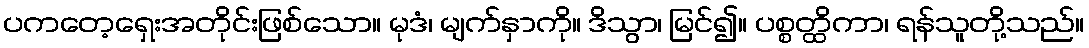
ပကတေ့ရှေးအတိုင်းဖြစ်သော။ မုဒံ၊ မျက်နှာကို။ ဒိသွာ၊ မြင်၍။ ပစ္စတ္ထိကာ၊ ရန်သူတို့သည်။